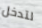
لتدخل